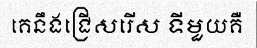
គេនឹងជ្រើសរើស ទីមួយគឺ